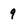
Character: 9